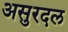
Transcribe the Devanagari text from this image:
असुरदल